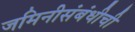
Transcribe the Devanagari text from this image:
जमिनीसंबंधीची